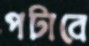
পটাবে